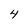
Character: 4